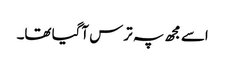
اسے مجھ پہ ترس آگیا تھا۔